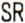
SR